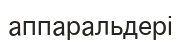
аппаральдері